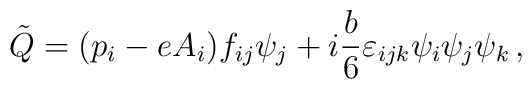
\tilde Q =  (p_i - e A_i)  f_{ij} \psi_j   +i {b \over 6}\varepsilon_{ijk}\psi_i\psi_j\psi_k   \, ,